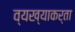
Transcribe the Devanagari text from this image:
व्यख्याकर्ता